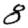
Digit: 8